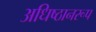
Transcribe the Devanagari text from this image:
अधिष्ठानरूप